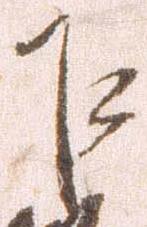
乍